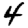
Digit: 4